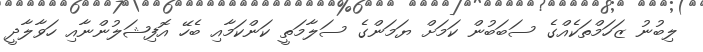
ލިބުނު ޒަހަމްތަކެއްގެ ސަބަބުން ކަމަށް ޔަމަންގެ ސަލާމަތީ ކަންކަމާއި ބެހޭ އޮފިޝަލުންނާއި ހަވާލާދީ